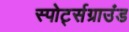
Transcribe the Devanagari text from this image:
स्पोर्ट्सग्राउंड